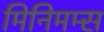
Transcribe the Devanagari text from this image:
मिनिमम्स